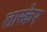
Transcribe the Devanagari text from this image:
लास्केर